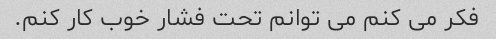
فکر می کنم می توانم تحت فشار خوب کار کنم.